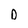
Character: D